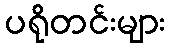
ပရိုတင်းများ